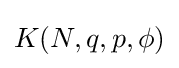
K(N,q,p,\phi )